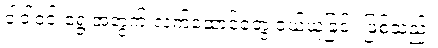
ဝါဝါဝင်းရွေ့အတွက် လက်ဆောင်တွေ ဝယ်ယူခြင်း ဖြစ်သည်။